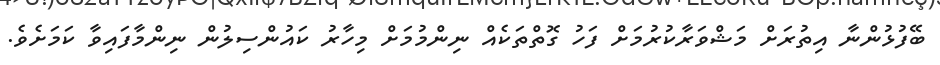
ބޭފުޅުންނާ އިތުރަށް މަޝްވަރާކުރުމަށް ފަހު ގޮތްތަކެއް ނިންމުމަށް މިހާރު ކައުންސިލުން ނިންމާފައިވާ ކަަމަށެވެ.